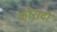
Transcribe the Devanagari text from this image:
कोरादो